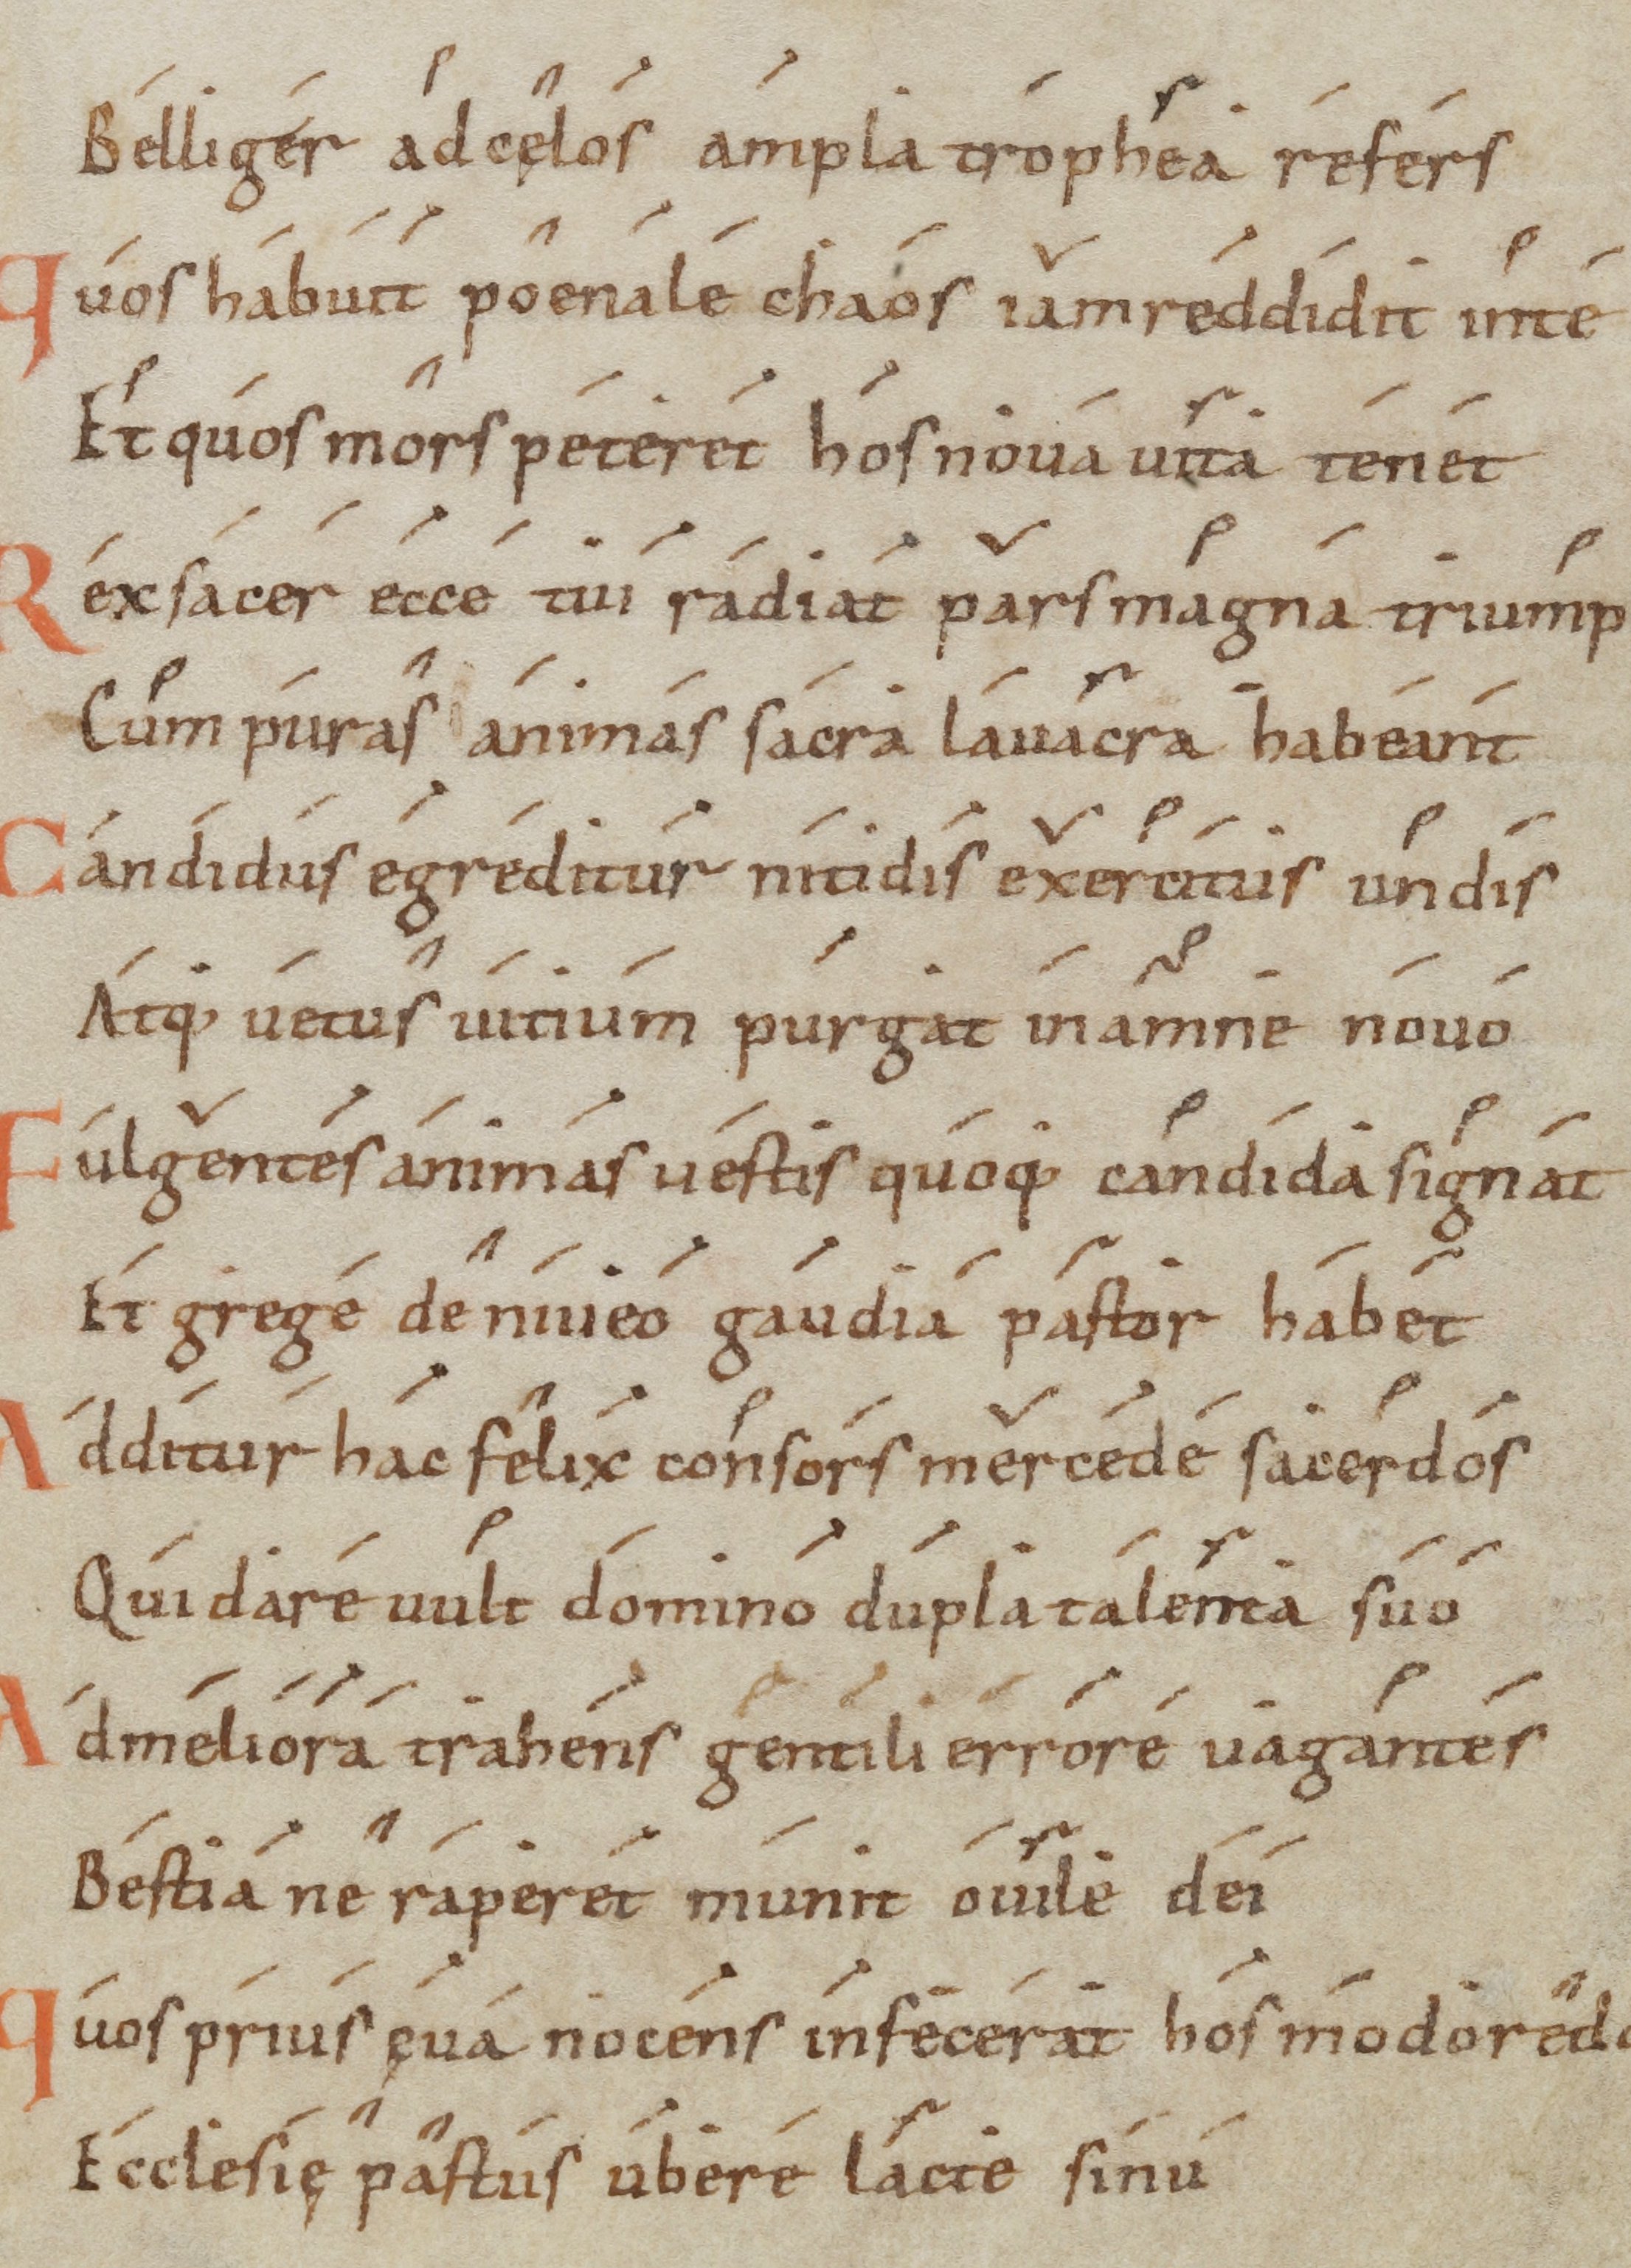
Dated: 1000–1099